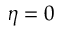
\eta = 0